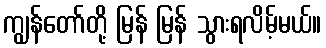
ကျွန်တော်တို့ မြန် မြန် သွားရလိမ့်မယ်။